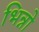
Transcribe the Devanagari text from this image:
भिन्नो